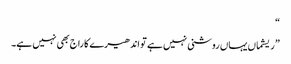
“
”ریشماں یہاں روشنی نہیں ہے تو اندھیرے کا راج بھی نہیں ہے۔